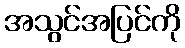
အသွင်အပြင်ကို